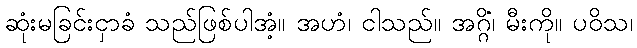
ဆုံးမခြင်းငှာခံ သည်ဖြစ်ပါအံ့။ အဟံ၊ ငါသည်။ အဂ္ဂိံ၊ မီးကို။ ပဝိသ၊